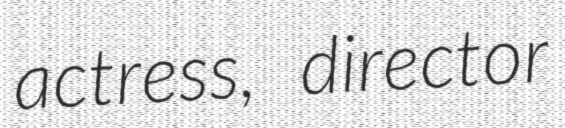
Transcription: actress, director